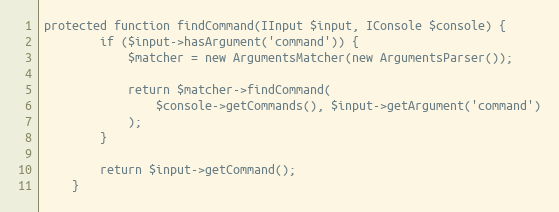
Language: PHP
protected function findCommand(IInput $input, IConsole $console) {
        if ($input->hasArgument('command')) {
            $matcher = new ArgumentsMatcher(new ArgumentsParser());

            return $matcher->findCommand(
                $console->getCommands(), $input->getArgument('command')
            );
        }

        return $input->getCommand();
    }